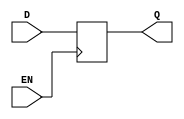
// This program was cloned from: https://github.com/TILOS-AI-Institute/MacroPlacement
// License: BSD 3-Clause "New" or "Revised" License

// ================================================================
// NVDLA Open Source Project
//
// Copyright(c) 2016 - 2017 NVIDIA Corporation. Licensed under the
// NVDLA Open Hardware License; Check "LICENSE" which comes with
// this distribution for more information.
// ================================================================
module LNQD1PO4 (
  D
 ,EN
 ,Q
 );
input D ;
input EN ;
output Q ;
reg Q;
always @(negedge EN)
    Q <= D;
endmodule